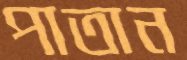
পাতান